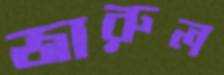
জারুল